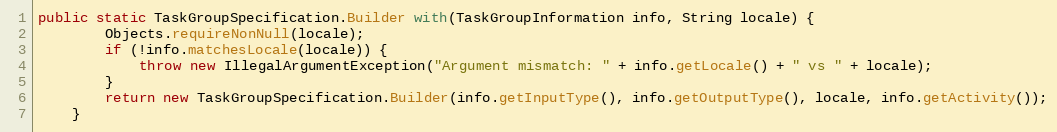
Language: Java
public static TaskGroupSpecification.Builder with(TaskGroupInformation info, String locale) {
		Objects.requireNonNull(locale);
		if (!info.matchesLocale(locale)) {
			throw new IllegalArgumentException("Argument mismatch: " + info.getLocale() + " vs " + locale);
		}
		return new TaskGroupSpecification.Builder(info.getInputType(), info.getOutputType(), locale, info.getActivity());
	}